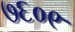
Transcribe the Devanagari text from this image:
७६०९